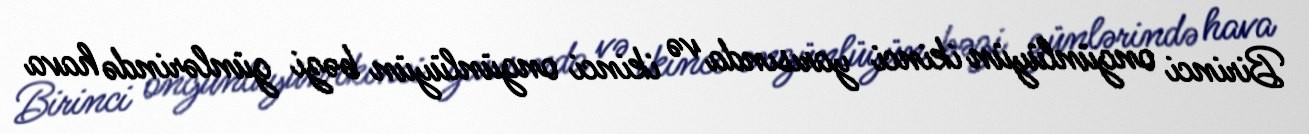
Birinci ongünlüyün ikinci yarısında və ikinci ongünlüyün bəzi günlərində hava